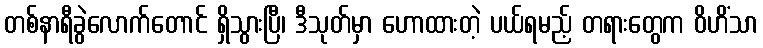
တစ်နာရီခွဲလောက်တောင် ရှိသွားပြီ၊ ဒီသုတ်မှာ ဟောထားတဲ့ ပယ်ရမည့် တရားတွေက ဝိဟိံသာ